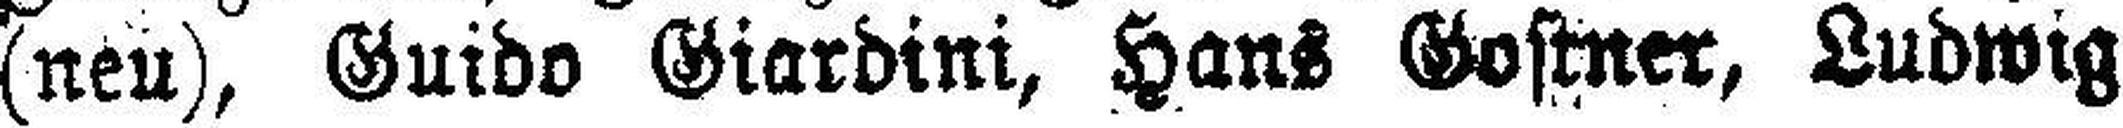
(neu), Guido Giardini, Hans Gostner, Ludwig